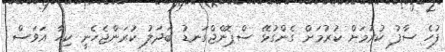
ފުހެ ސާފު ކުރުމަށް ކުރުމަށް ގެންގުޅޭ ސްޕޮންޖްގަނޑު ބަދަލު ކުރަންޖެހެނީ ކިހާ އަވަސް